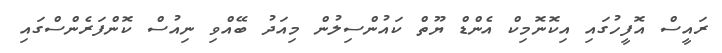
ރައީސް އޮފީހުގައި އިކޮނޮމިކް އެންޑް ޔޫތް ކައުންސިލުން މިއަދު ބޭއްވި ނިއުސް ކޮންފަރެންސްގައި